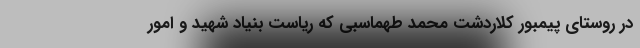
در روستای پیمبور کلاردشت محمد طهماسبی که ریاست بنیاد شهید و امور